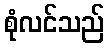
စုံလင်သည်